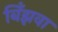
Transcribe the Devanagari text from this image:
बिँझवा